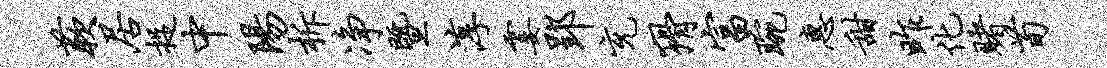
蔌居捉中阳柝净暨淳霎郢充猾富琬惠甜昨化赌荀